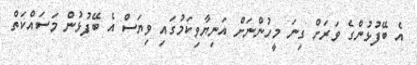
އެ ބޭފުޅުންގެ ވަރަށް ގިނަ މީހުންނަށް އަނިޔާވިކަމުގައި ވިޔަސް އެ ބޭފުޅުން މަސައްކަތް